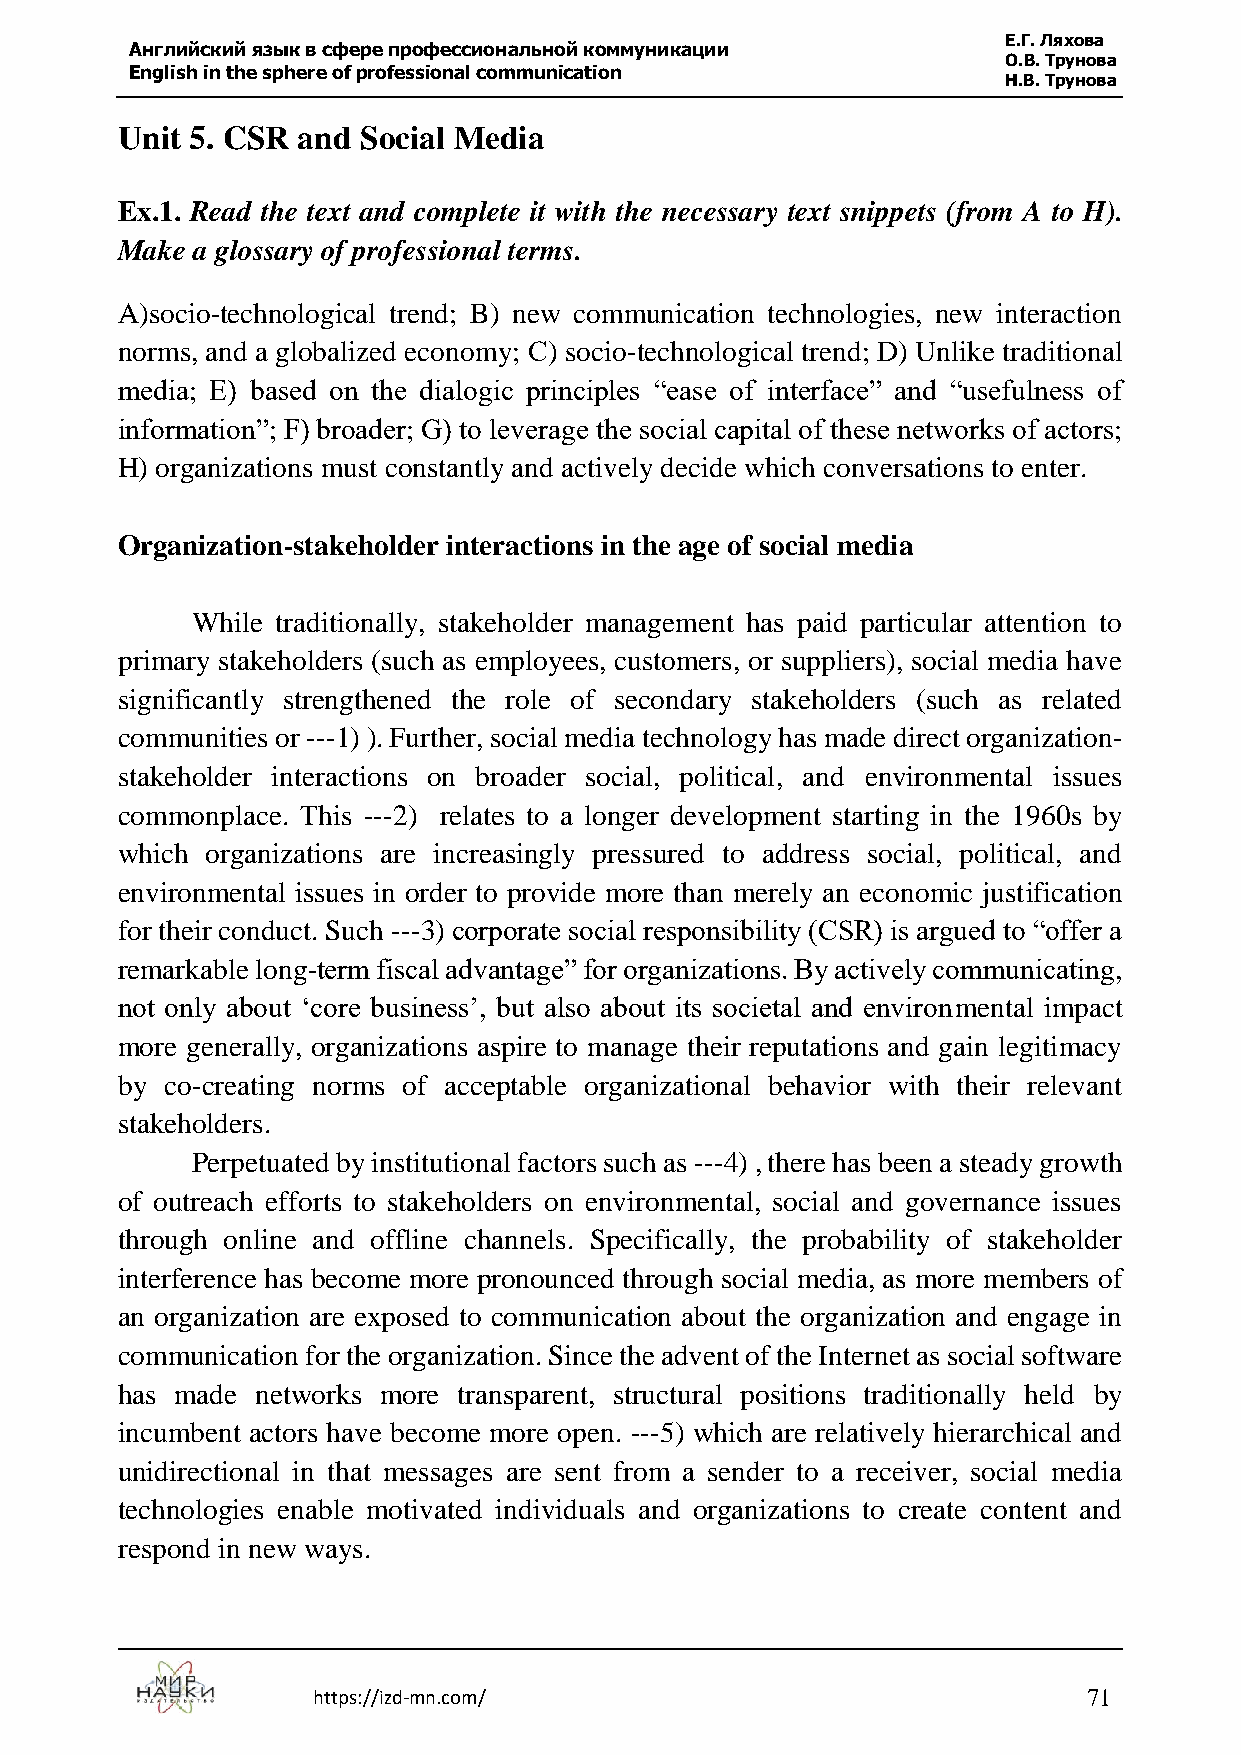
Е.Г. Ляхова
 Английский язык в сфере профессиональной коммуникации
 О.В. Трунова
 English in the sphere of professional communication
 Н.В. Трунова
 Unit 5. CSR and Social Media
 Ex.1. Read the text and complete it with the necessary text snippets (from A to H).
 Make a glossary of professional terms.
 A)socio-technological trend; B) new communication technologies, new interaction
 norms, and a globalized economy; С) socio-technological trend; D) Unlike traditional
 media; E) based on the dialogic principles “ease of interface” and “usefulness of
 information”; F) broader; G) to leverage the social capital of these networks of actors;
 H) organizations must constantly and actively decide which conversations to enter.
 Organization-stakeholder interactions in the age of social media
 While traditionally, stakeholder management has paid particular attention to
 primary stakeholders (such as employees, customers, or suppliers), social media have
 significantly strengthened the role of secondary stakeholders (such as related
 communities or ---1) ). Further, social media technology has made direct organization-
 stakeholder interactions on broader social, political, and environmental issues
 commonplace. This ---2) relates to a longer development starting in the 1960s by
 which organizations are increasingly pressured to address social, political, and
 environmental issues in order to provide more than merely an economic justification
 for their conduct. Such ---3) corporate social responsibility (CSR) is argued to “offer a
 remarkable long-term fiscal advantage” for organizations. By actively communicating,
 not only about ‘core business’, but also about its societal and environmental impact
 more generally, organizations aspire to manage their reputations and gain legitimacy
 by co-creating norms of acceptable organizational behavior with their relevant
 stakeholders.
 Perpetuated by institutional factors such as ---4) , there has been a steady growth
 of outreach efforts to stakeholders on environmental, social and governance issues
 through online and offline channels. Specifically, the probability of stakeholder
 interference has become more pronounced through social media, as more members of
 an organization are exposed to communication about the organization and engage in
 communication for the organization. Since the advent of the Internet as social software
 has made networks more transparent, structural positions traditionally held by
 incumbent actors have become more open. ---5) which are relatively hierarchical and
 unidirectional in that messages are sent from a sender to a receiver, social media
 technologies enable motivated individuals and organizations to create content and
 respond in new ways.
 https://izd-mn.com/                                71